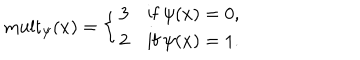
LaTeX: \mathrm { m u l t } _ { \psi } ( x ) = \left\{ \begin{array} { l l } { { 3 } } & { { \mathrm { i f } \ \psi ( x ) = 0 , } } \\ { { 2 } } & { { \mathrm { i f } \ \psi ( x ) = 1 . } } \\ \end{array} \right.